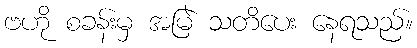
ဗဟို စခန်းမှ အမြဲ သတိပေး နေရသည်။